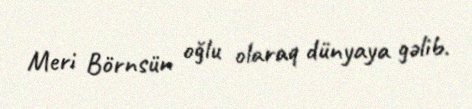
Meri Börnsün oğlu olaraq dünyaya gəlib.